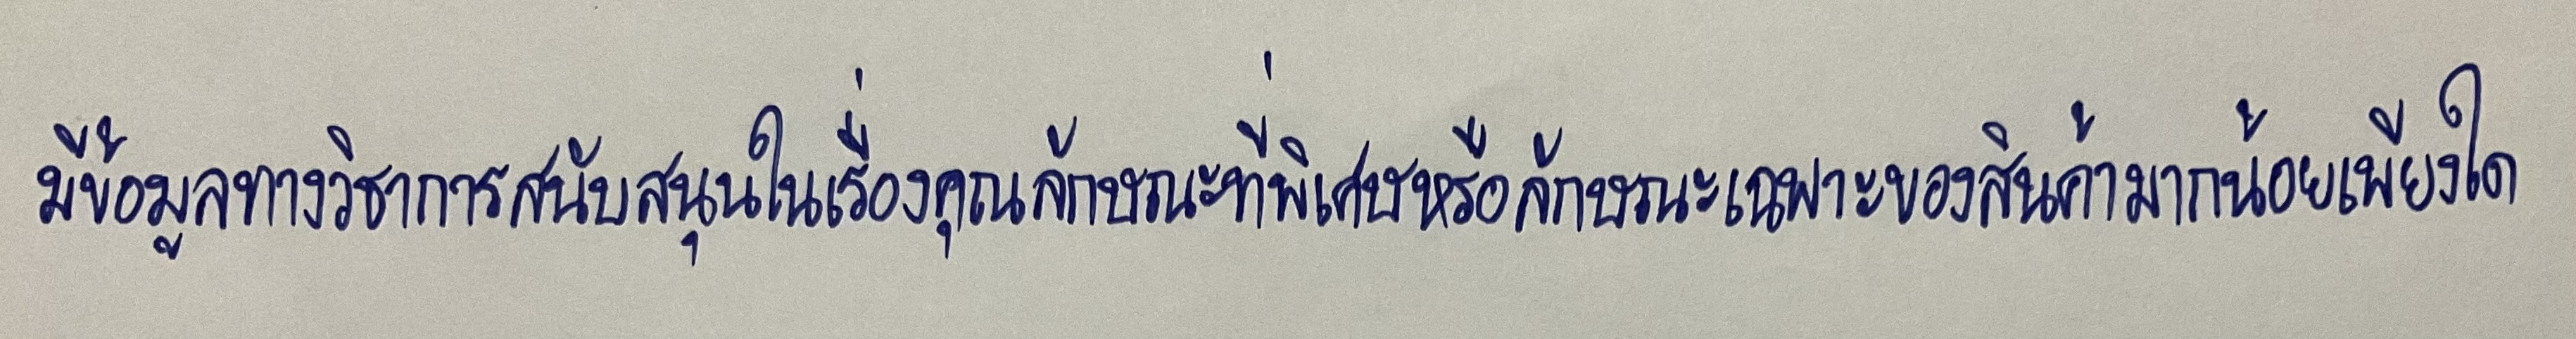
มีข้อมูลทางวิชาการสนับสนุนในเรื่องคุณลักษณะที่พิเศษหรือลักษณะเฉพาะของสินค้ามากน้อยเพียงใด